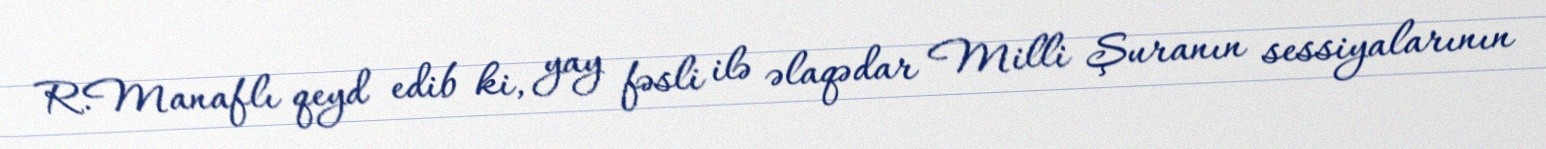
R.Manaflı qeyd edib ki, yay fəsli ilə əlaqədar Milli Şuranın sessiyalarının